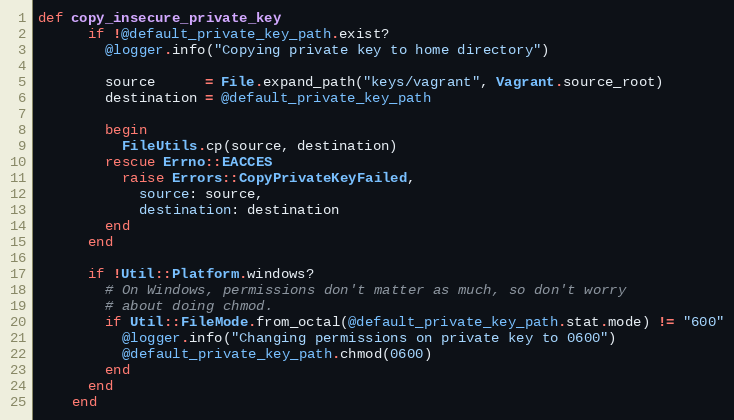
Language: Ruby
def copy_insecure_private_key
      if !@default_private_key_path.exist?
        @logger.info("Copying private key to home directory")

        source      = File.expand_path("keys/vagrant", Vagrant.source_root)
        destination = @default_private_key_path

        begin
          FileUtils.cp(source, destination)
        rescue Errno::EACCES
          raise Errors::CopyPrivateKeyFailed,
            source: source,
            destination: destination
        end
      end

      if !Util::Platform.windows?
        # On Windows, permissions don't matter as much, so don't worry
        # about doing chmod.
        if Util::FileMode.from_octal(@default_private_key_path.stat.mode) != "600"
          @logger.info("Changing permissions on private key to 0600")
          @default_private_key_path.chmod(0600)
        end
      end
    end